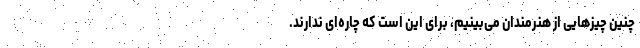
چنین چیزهایی از هنرمندان می‌بینیم، برای این است که چاره‌ای ندارند.